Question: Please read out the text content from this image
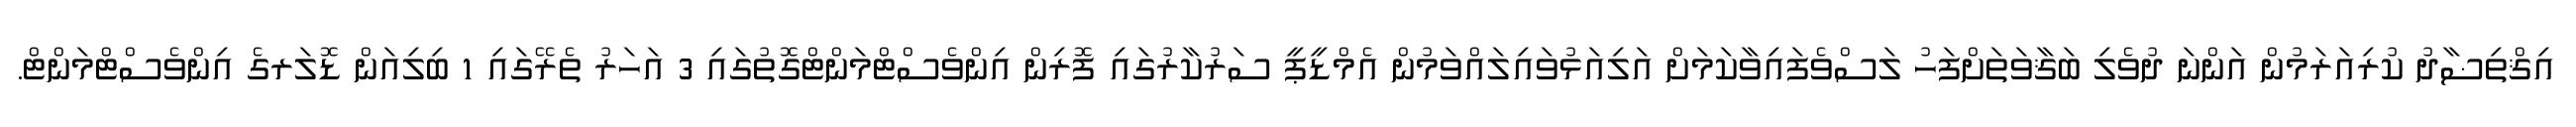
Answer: އިޤްތިޟާދު ކުރިއަރަމުން އަންނަ ދުވެލި ބަޤާވަތަށްފަހު ލަސްވެފައިވާކަމަށް އަލިއަޅުވައިލައްވަމުން އެމްޑީޕީ ސަރުކާރުގައި ފޮރިން އިންވެސްޓްމަންޓްގޮތުގައި 3 އަހަރު ތެރޭގައި 1 ބިލިއަން ޑޮލަރގެ އިންވެސްޓްމަންޓް.